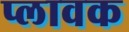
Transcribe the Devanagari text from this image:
प्लावक